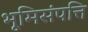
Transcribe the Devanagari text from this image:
भूमिसंपत्ति